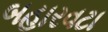
બહારવટા